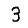
Digit: 3